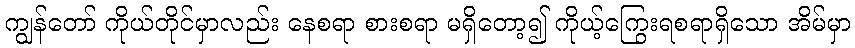
ကျွန်တော် ကိုယ်တိုင်မှာလည်း နေစရာ စားစရာ မရှိတော့၍ ကိုယ့်ကြွေးရစရာရှိသော အိမ်မှာ